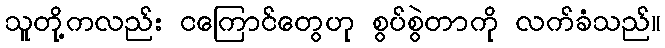
သူတို့ကလည်း ငကြောင်တွေဟု စွပ်စွဲတာကို လက်ခံသည်။